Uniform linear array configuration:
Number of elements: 4
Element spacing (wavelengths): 1
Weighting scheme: blackman
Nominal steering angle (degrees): -60
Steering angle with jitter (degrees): -61.091
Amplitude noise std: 0.05
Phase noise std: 0.05

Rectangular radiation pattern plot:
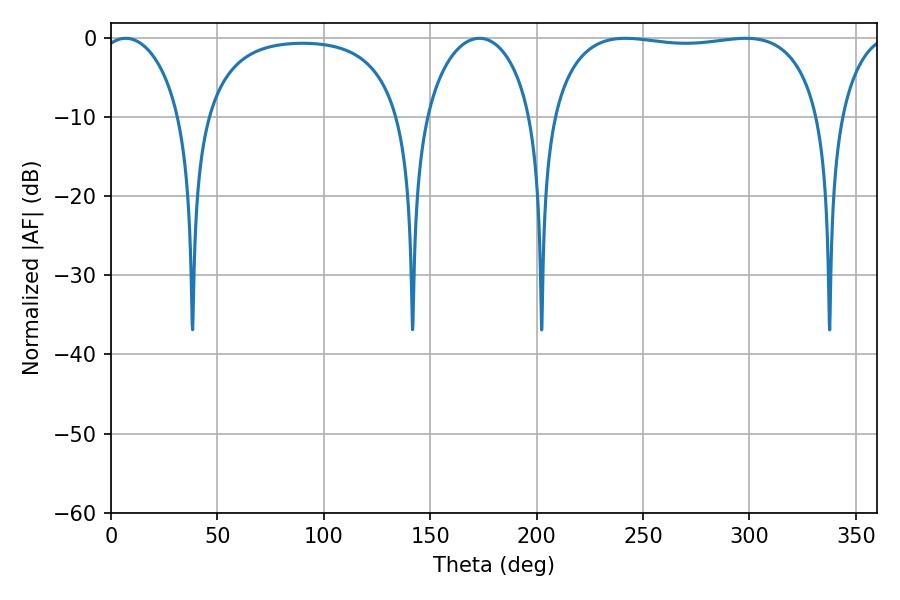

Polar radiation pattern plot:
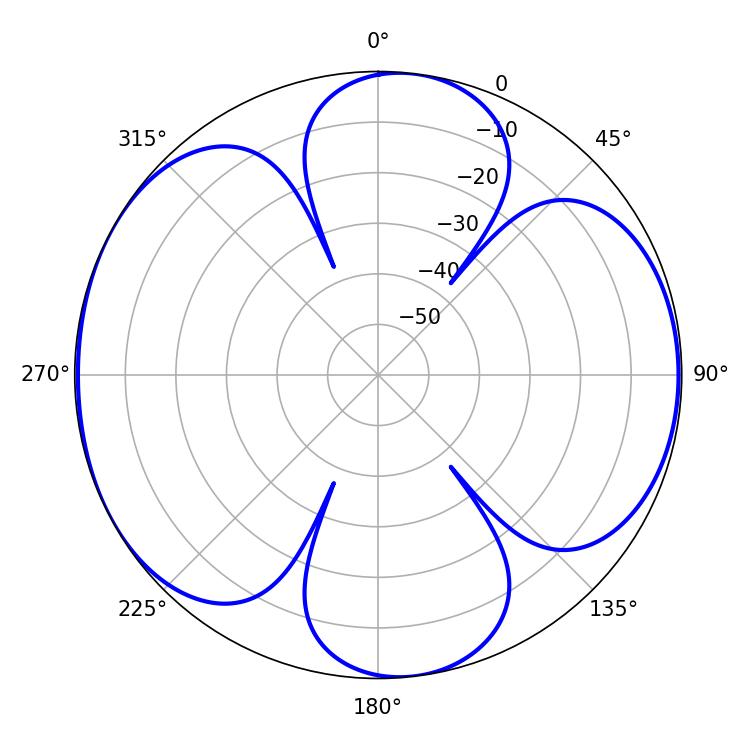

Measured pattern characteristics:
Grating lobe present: TRUE
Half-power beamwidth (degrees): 101.52
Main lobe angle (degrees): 241.74